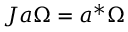
J a \Omega = a ^ { * } \Omega